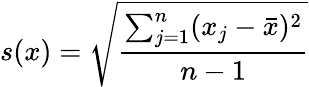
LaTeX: s(x)=\sqrt{\frac{\sum_{j=1}^{n}(x_{j}-\bar{x})^{2}}{n-1}}